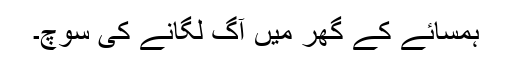
ہمسائے کے گھر میں آگ لگانے کی سوچ۔